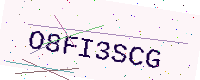
Text: O8FI3SCG